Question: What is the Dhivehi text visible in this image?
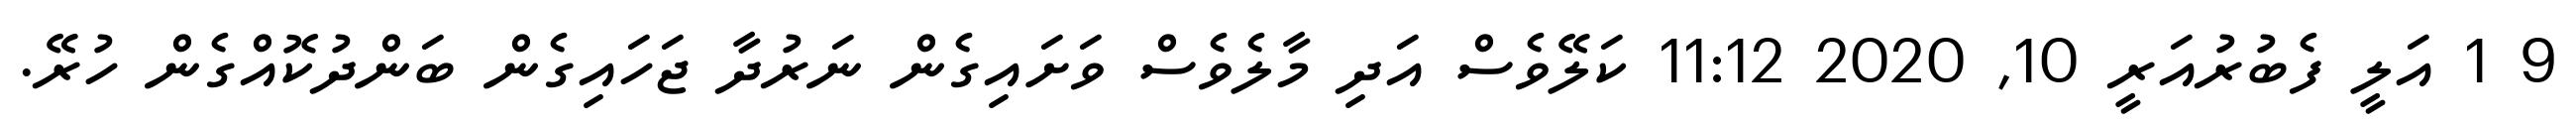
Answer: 9 1 އަލީ ފެބުރުއަރީ 10, 2020 11:12 ކަލޭވެސް އަދި މާލެވެސް ވަށައިގެން ނަރުދާ ޖަހައިގެން ބަންދުކޮއްގެން ހުރޭ.